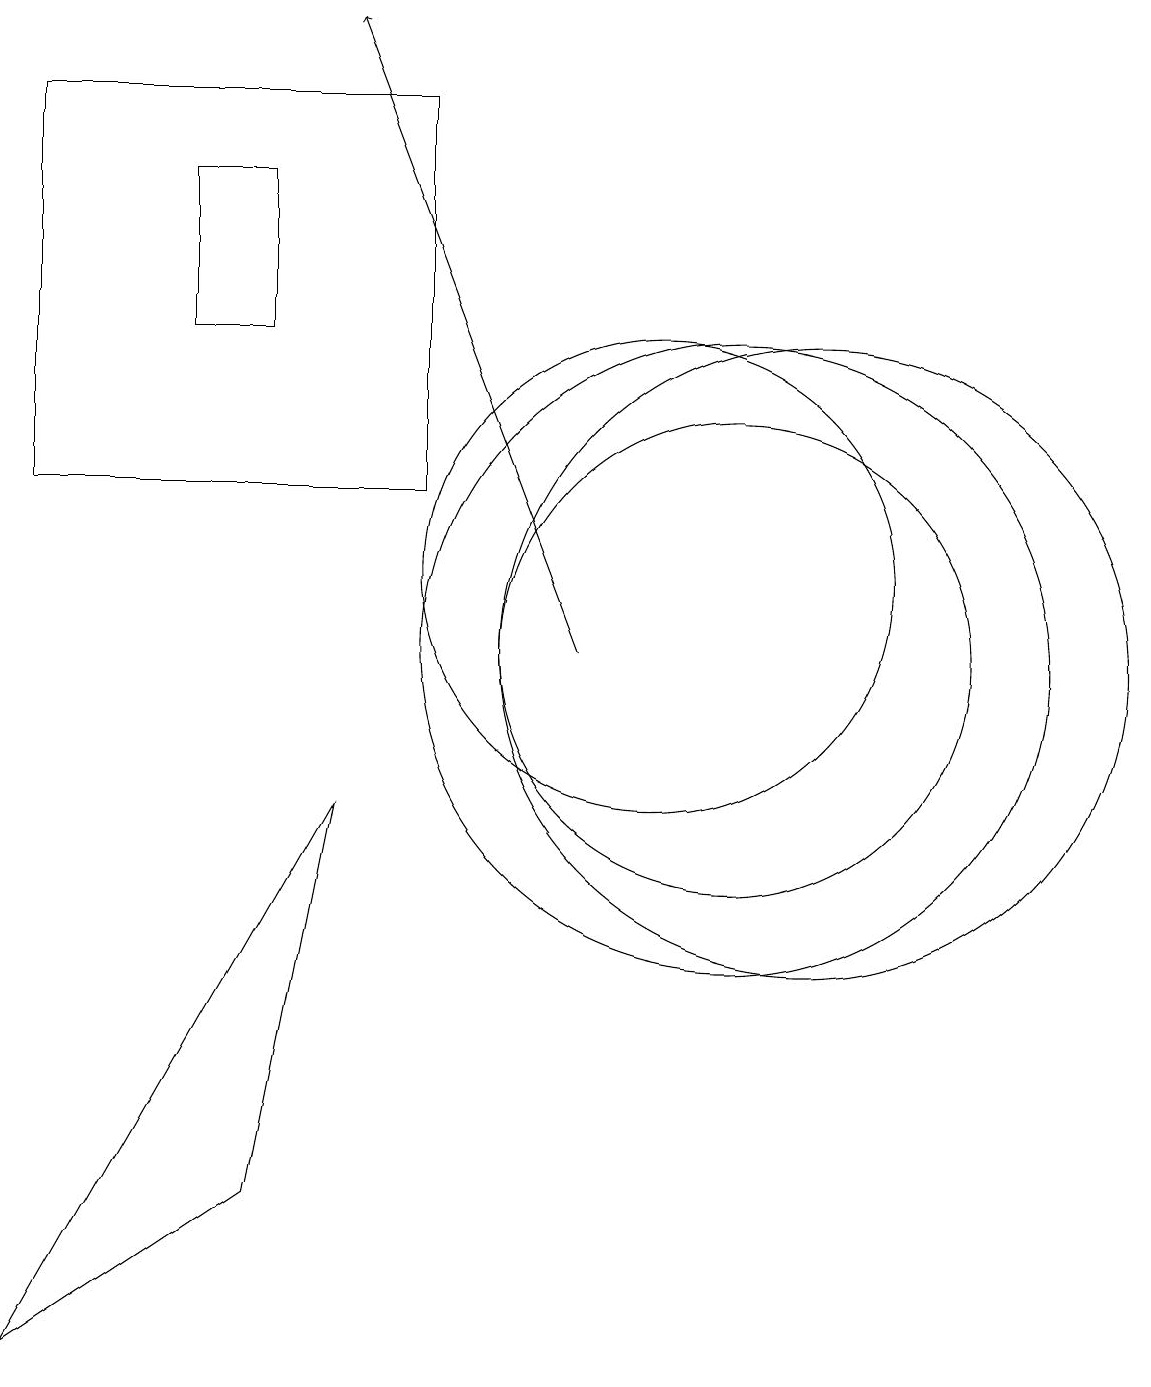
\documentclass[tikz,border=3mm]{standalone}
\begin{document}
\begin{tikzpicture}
\draw (12,10) circle (4);
\draw (10,11) circle (3);
\draw (5,14) rectangle (4,16);
\draw (2,17) rectangle (7,12);
\draw[->] (9,10) -- (6,18);
\draw (11,10) circle (3);
\draw (5,3) -- (2,1) -- (6,8) -- cycle;
\draw (11,10) circle (4);
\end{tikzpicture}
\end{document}